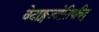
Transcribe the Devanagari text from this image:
वेदाङ्गज्याेतिषविद्